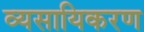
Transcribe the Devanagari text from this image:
व्यसायिकरण